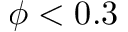
\phi < 0 . 3